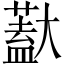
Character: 𱘽